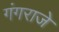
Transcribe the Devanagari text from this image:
गंगराजे